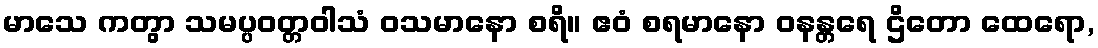
မာသေ ကတွာ သမပ္ပဝတ္တဝါသံ ဝသမာနော စရိ။ ဧဝံ စရမာနော ဝနန္တရေ ဌိတော ထေရော,